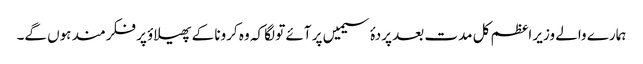
ہمارے والے وزیر اعظم کل مدت بعد پردۂ سیمیں پر آئے تو لگا کہ وہ کرونا کے پھیلاؤ پر فکرمند ہوں گے۔